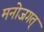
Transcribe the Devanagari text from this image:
मनोजगत्